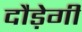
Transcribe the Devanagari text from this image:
दौड़ेगी